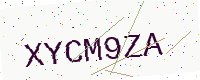
Text: XYCM9ZA